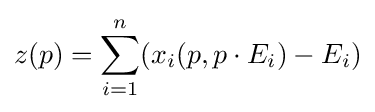
z(p)=\sum _{i=1}^{n}(x_{i}(p,p\cdot E_{i})-E_{i})